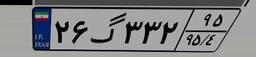
۸۸گ۲۹۰۸۲